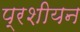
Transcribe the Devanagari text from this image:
प्रशीयन